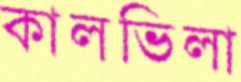
কালভিলা